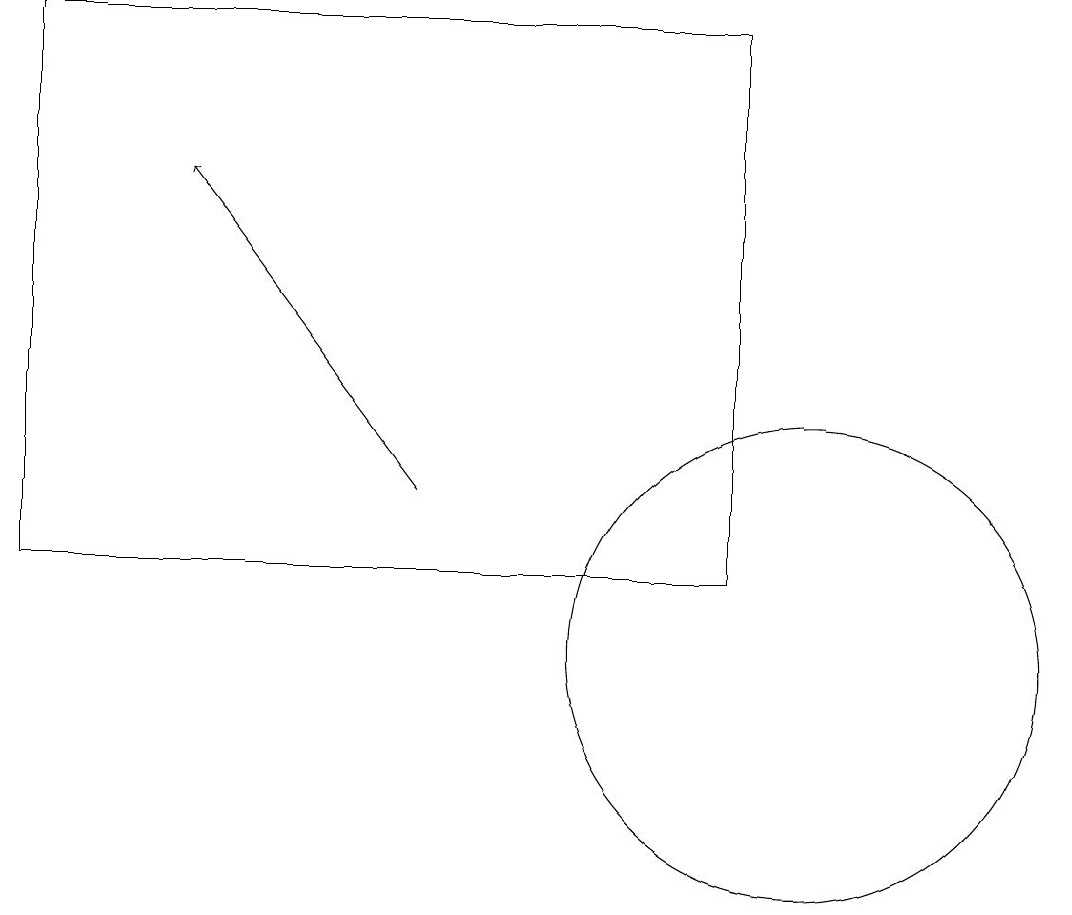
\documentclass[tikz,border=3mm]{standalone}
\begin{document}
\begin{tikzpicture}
\draw[->] (5,13) -- (2,17);
\draw (10,11) circle (3);
\draw (0,19) rectangle (9,12);
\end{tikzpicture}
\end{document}